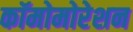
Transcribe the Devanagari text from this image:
कॉमोमोरेशन